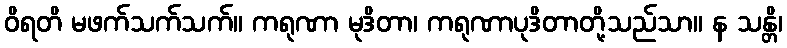
ဝိရတိ မဖက်သက်သက်။ ကရုဏာ မုဒိတာ၊ ကရုဏာပုဒိတာတို့သည်သာ။ န သန္တိ၊